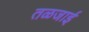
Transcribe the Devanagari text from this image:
तळजाई